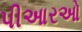
પીઆરઓ